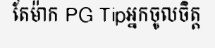
តែម៉ាក PG Tipអ្នកចូលចិត្ត